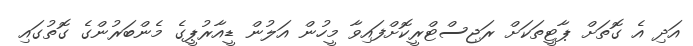
އަދި އެ ގޮތަށް ޕާޓީތަކަށް ރަޖިސްޓްރީކޮށްފައިވާ މީހުން އަލުން ޑީއާރުޕީގެ މެންބަރުންގެ ގޮތުގައި